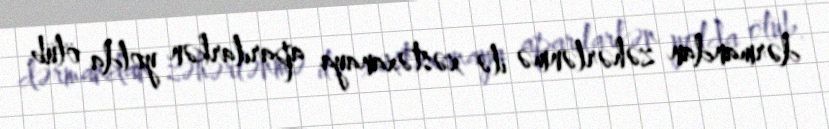
dərmandan zəhərlənmə ilə xəstəxanaya aparılarkən yolda ölüb.